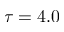
\tau = 4 . 0